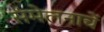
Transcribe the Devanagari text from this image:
संमेलनाचें